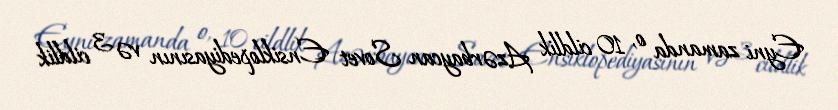
Eyni zamanda o, 10 cildlik Azərbaycan Sovet Ensiklopediyasının və 3 cildlik